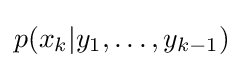
p(x_{k}|y_{1},\ldots ,y_{k-1})